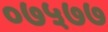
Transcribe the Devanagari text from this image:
०७५७७